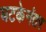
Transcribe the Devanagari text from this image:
घटकेनंतर